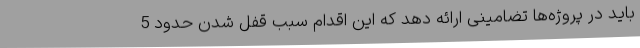
باید در پروژه‌ها تضامینی ارائه دهد که این اقدام سبب قفل شدن حدود 5